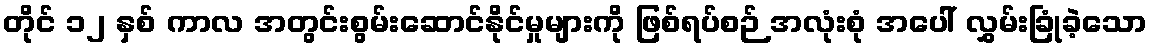
တိုင် ၁၂ နှစ် ကာလ အတွင်းစွမ်းဆောင်နိုင်မှုများကို ဖြစ်ရပ်စဉ် အလုံးစုံ အပေါ် လွှမ်းခြုံခဲ့သော